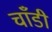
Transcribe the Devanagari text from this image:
चाँडी